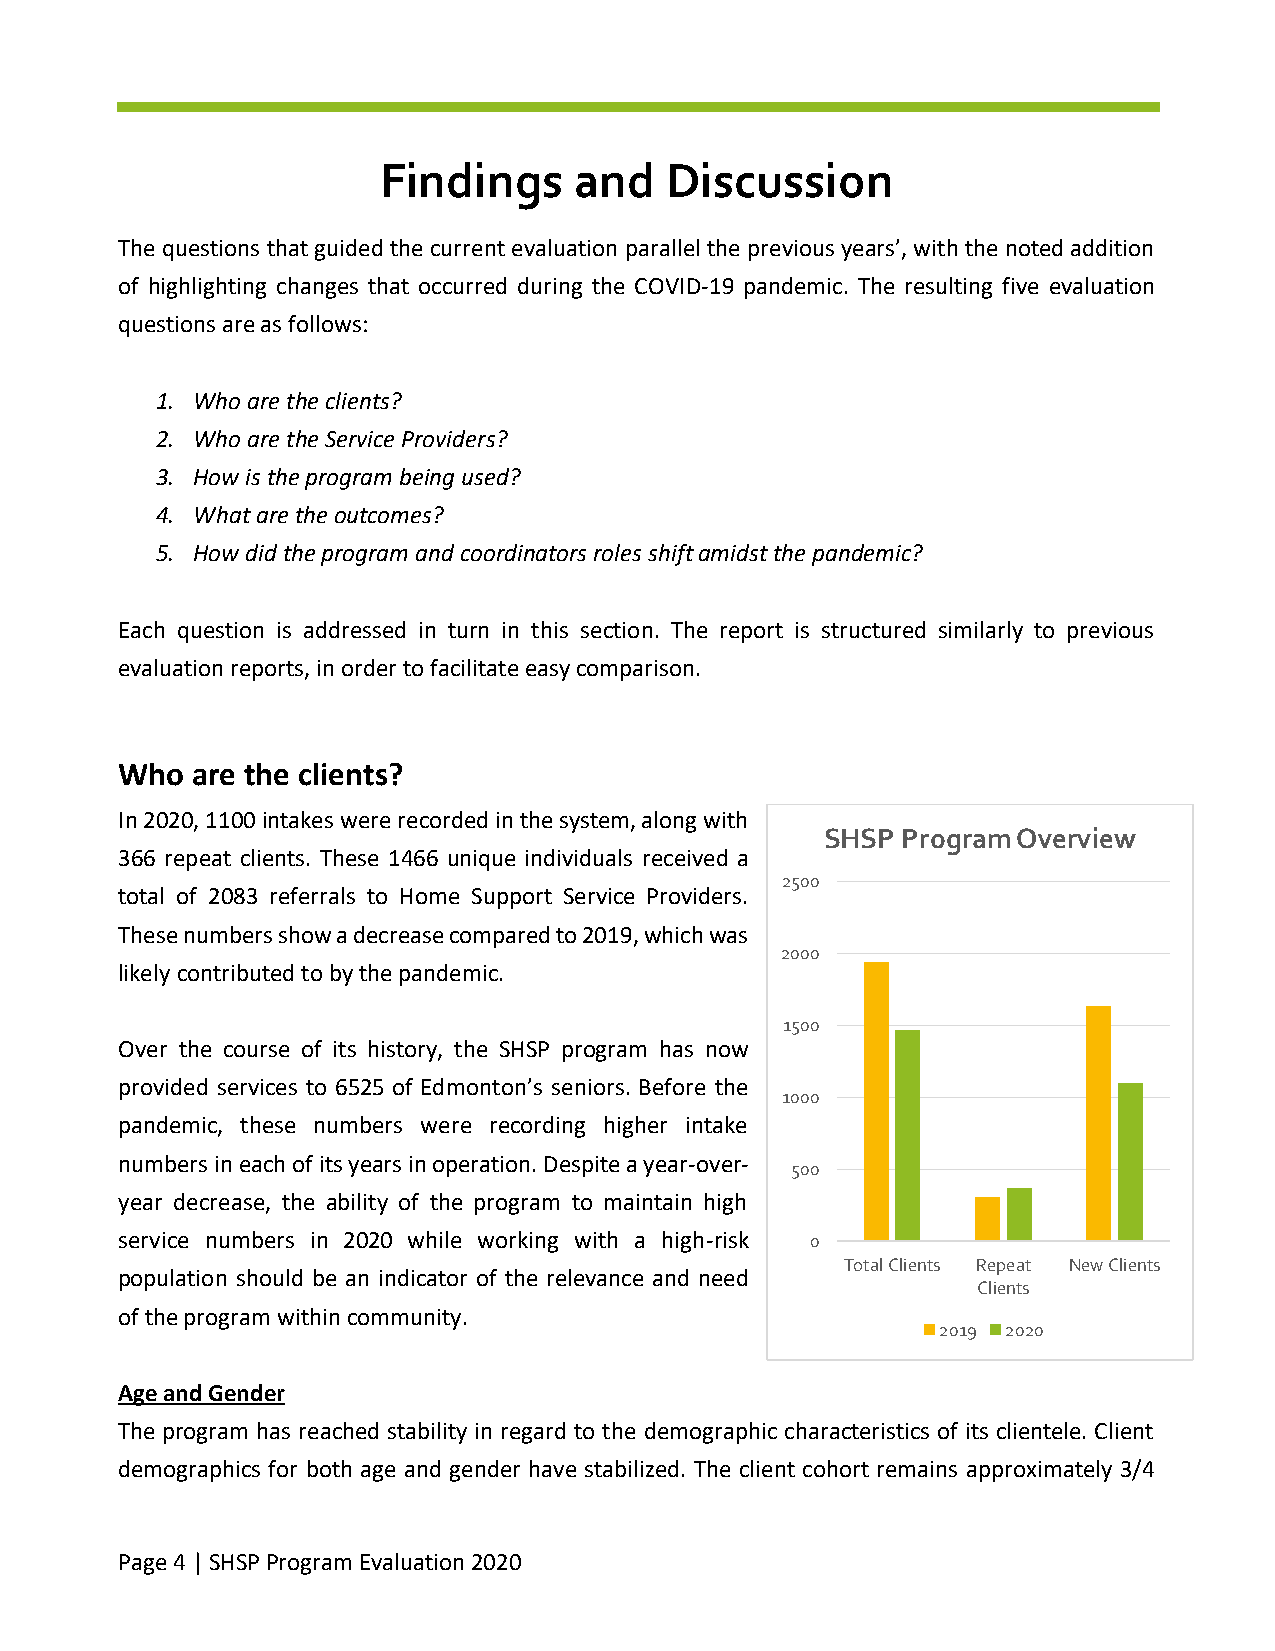
Findings     and   Discussion
 The questions that guided the current evaluation parallel the previous years’, with the noted addition
 of highlighting changes that occurred during the COVID-19 pandemic. The resulting five evaluation
 questions are as follows:
 1. Who are the clients?
 2. Who are the Service Providers?
 3. How is the program being used?
 4. What are the outcomes?
 5. How did the program and coordinators roles shift amidst the pandemic?
 Each question is addressed in turn in this section. The report is structured similarly to previous
 evaluation reports, in order to facilitate easy comparison.
 Who  are the clients?
 In 2020, 1100 intakes were recorded in the system, along with
 SHSP Program Overview
 366 repeat clients. These 1466 unique individuals received a
 2500
 total of 2083 referrals to Home Support Service Providers.
 These numbers show a decrease compared to 2019, which was
 2000
 likely contributed to by the pandemic.
 1500
 Over the course of its history, the SHSP program has now
 provided services to 6525 of Edmonton’s seniors. Before the
 1000
 pandemic, these numbers were recording higher intake
 numbers in each of its years in operation. Despite a year-over-
 500
 year decrease, the ability of the program to maintain high
 service numbers in 2020 while working with a high-risk 0
 Total Clients Repeat New Clients
 population should be an indicator of the relevance and need
 Clients
 of the program within community.
 2019 2020
 Age and Gender
 The program has reached stability in regard to the demographic characteristics of its clientele. Client
 demographics for both age and gender have stabilized. The client cohort remains approximately 3/4
 Page 4 | SHSP Program Evaluation 2020